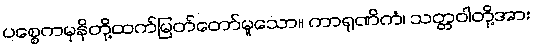
ပစ္စေကမုနိတို့ထက်မြတ်တော်မူသော။ ကာရုဏိကံ၊ သတ္တဝါတို့အား